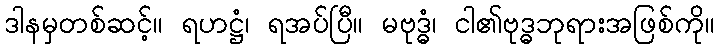
ဒါနမှတစ်ဆင့်။ ရဟဋ္ဌံ၊ ရအပ်ပြီ။ မဗုဒ္ဓံ၊ ငါ၏ဗုဒ္ဓဘုရားအဖြစ်ကို။